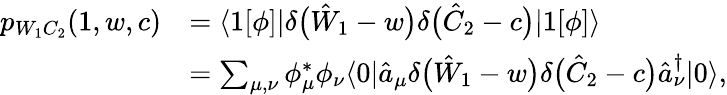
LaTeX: \begin{array}{rl}{p_{W_{1}C_{2}}(1,w,c)}&{=\langle 1[\phi]|\delta\bigl(\hat{W}_{1}-w\bigr)\delta\bigl(\hat{C}_{2}-c\bigr)|1[\phi]\rangle}\\ &{=\sum_{\mu,\nu}\phi_{\mu}^{*}\phi_{\nu}\langle 0|\hat{a}_{\mu}\delta\bigl(\hat{W}_{1}-w\bigr)\delta\bigl(\hat{C}_{2}-c\bigr)\hat{a}_{\nu}^{\dagger}|0\rangle,}\end{array}